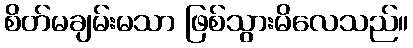
စိတ်မချမ်းမသာ ဖြစ်သွားမိလေသည်။